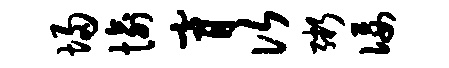
埽愉膏次粥佞